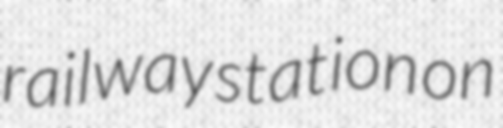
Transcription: railway station on